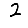
Digit: 2